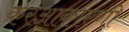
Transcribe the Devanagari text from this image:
करआकारणी